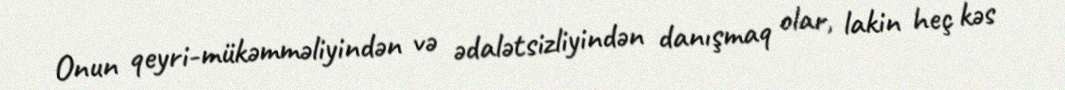
Onun qeyri-mükəmməliyindən və ədalətsizliyindən danışmaq olar, lakin heç kəs